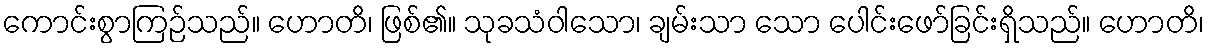
ကောင်းစွာကြဉ်သည်။ ဟောတိ၊ ဖြစ်၏။ သုခသံဝါသော၊ ချမ်းသာ သော ပေါင်းဖော်ခြင်းရှိသည်။ ဟောတိ၊